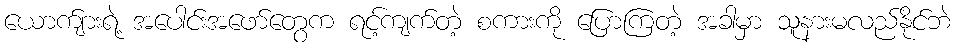
ယောက်ျားရဲ့ အပေါင်းအဖော်တွေက ရင့်ကျက်တဲ့ စကားကို ပြောကြတဲ့ အခါမှာ သူနားမလည်နိုင်ဘဲ